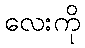
လေးကို